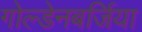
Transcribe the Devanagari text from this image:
गोल्डेनबर्जिया